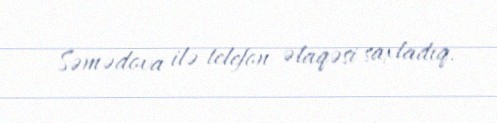
Səmədova ilə telefon əlaqəsi saxladıq.